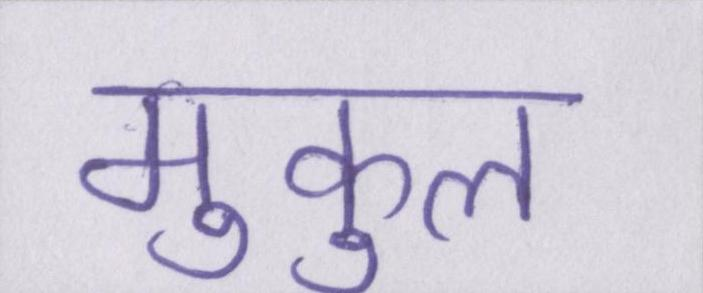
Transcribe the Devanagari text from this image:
मुकुल